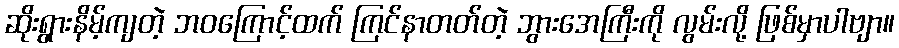
ဆိုးရွားနိမ့်ကျတဲ့ ဘဝကြောင့်ထက် ကြင်နာတတ်တဲ့ ဘွားအေကြီးကို လွမ်းလို့ ဖြစ်မှာပါဗျာ။